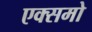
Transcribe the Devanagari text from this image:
एक्समो